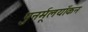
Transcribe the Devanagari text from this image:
पुनर्मूलयाँकन